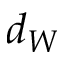
d _ { W }